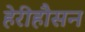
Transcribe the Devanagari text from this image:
हेरीहौसन